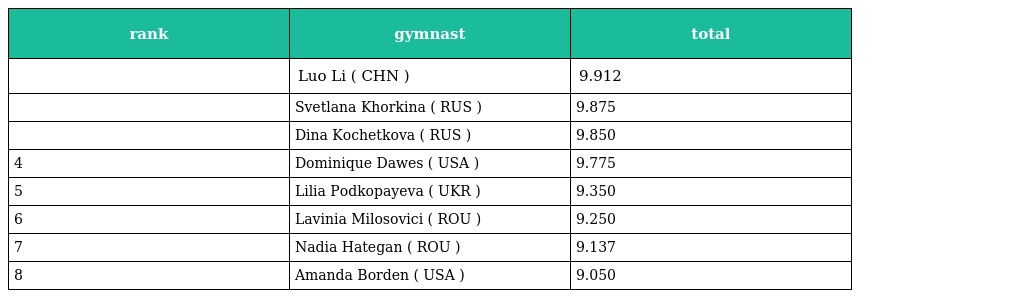
| rank | gymnast | total |
 | --- | --- | --- |
 |  | Luo Li ( CHN ) | 9.912 |
 |  | Svetlana Khorkina ( RUS ) | 9.875 |
 |  | Dina Kochetkova ( RUS ) | 9.850 |
 | 4 | Dominique Dawes ( USA ) | 9.775 |
 | 5 | Lilia Podkopayeva ( UKR ) | 9.350 |
 | 6 | Lavinia Milosovici ( ROU ) | 9.250 |
 | 7 | Nadia Hategan ( ROU ) | 9.137 |
 | 8 | Amanda Borden ( USA ) | 9.050 |